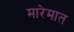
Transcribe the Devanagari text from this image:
मारेमात